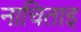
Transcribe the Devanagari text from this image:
नाचिताइ